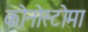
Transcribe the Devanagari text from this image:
कोनोस्टोमा